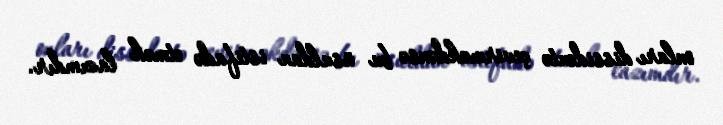
onları dissidentə çevirməkdənsə bu üsuldan istifadə etmək lazımdır.